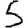
Digit: 5